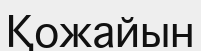
Қожайын